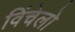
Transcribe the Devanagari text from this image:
विंचेलो